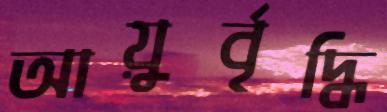
আয়ুর্বৃদ্ধি